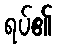
ရပ်၏